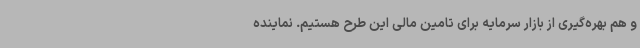
و هم بهره‌گیری از بازار سرمایه برای تامین مالی این طرح هستیم. نماینده